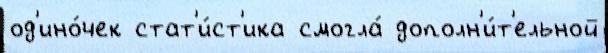
од'ино́чек стат'и́ст'ика смогла́ дополн'и́т'ельной